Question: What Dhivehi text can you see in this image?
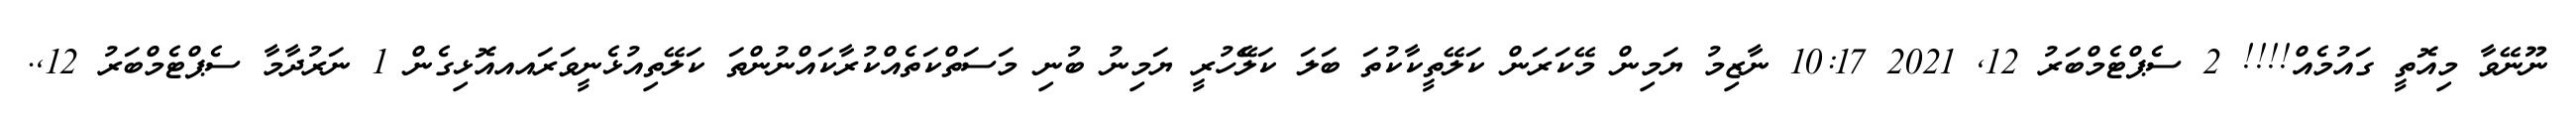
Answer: ނޫނޭވާ މިއޮތީ ގައުމެއް!!!! 2 ސެޕްޓެމްބަރު 12, 2021 10:17 ނާޒިމު ޔަމިން މޭކަރަން ކަލޭތީކާކުތަ ބަލަ ކަލެޭހުރީ ޔަމިނު ބުނި މަސަތްކަތެއްކުރާކައްނުންތަ ކަލޭތިއުޅެނީވަރައއއޮޅިގެން 1 ނަރުދާމާ ސެޕްޓެމްބަރު 12,.